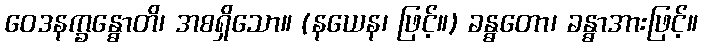
ဝေဒနက္ခန္ဓောတိ၊ အစရှိသော။ (နယေန၊ ဖြင့်။) ခန္ဓတော၊ ခန္ဓာအားဖြင့်။